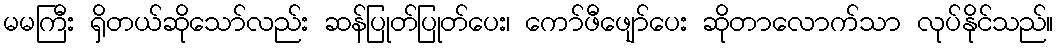
မမကြီး ရှိတယ်ဆိုသော်လည်း ဆန်ပြုတ်ပြုတ်ပေး၊ ကော်ဖီဖျော်ပေး ဆိုတာလောက်သာ လုပ်နိုင်သည်။